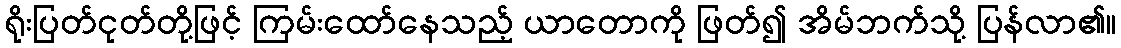
ရိုးပြတ်ငုတ်တို့ဖြင့် ကြမ်းထော်နေသည့် ယာတောကို ဖြတ်၍ အိမ်ဘက်သို့ ပြန်လာ၏။